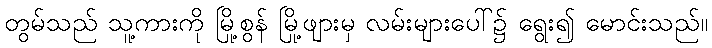
တွမ်သည် သူ့ကားကို မြို့စွန် မြို့ဖျားမှ လမ်းများပေါ်၌ ရွေး၍ မောင်းသည်။